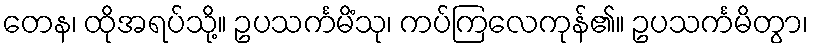
တေန၊ ထိုအရပ်သို့။ ဥပသင်္ကမိံသု၊ ကပ်ကြလေကုန်၏။ ဥပသင်္ကမိတွာ၊